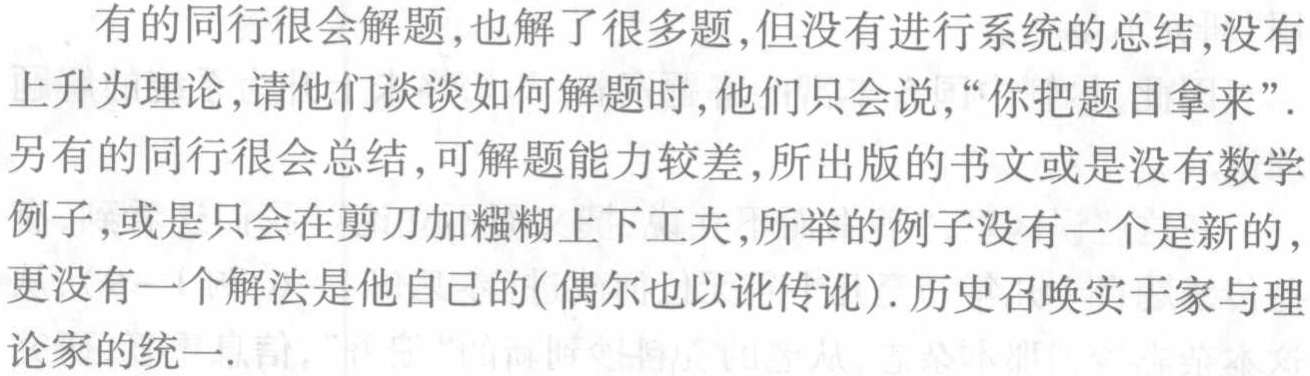
有的同行很会解题,也解了很多题,但没有进行系统的总结,没有上升为理论,请他们谈谈如何解题时,他们只会说,“你把题目拿来”.另有的同行很会总结,可解题能力较差,所出版的书文或是没有数学例子,或是只会在剪刀加糨糊上下工夫,所举的例子没有一个是新的,更没有一个解法是他自己的(偶尔也以讹传讹).历史召唤实干家与理论家的统一.